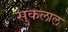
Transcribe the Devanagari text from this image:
सुकलाल